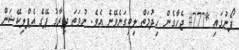
ފޯނުގައި *777# ޖެހާގެން ހިދުމަތް ލިބިގަނެވޭނެ އެވެ. ނުވަތަ ދިރާގު ޕޭގެ އެޕްލިކޭޝަން